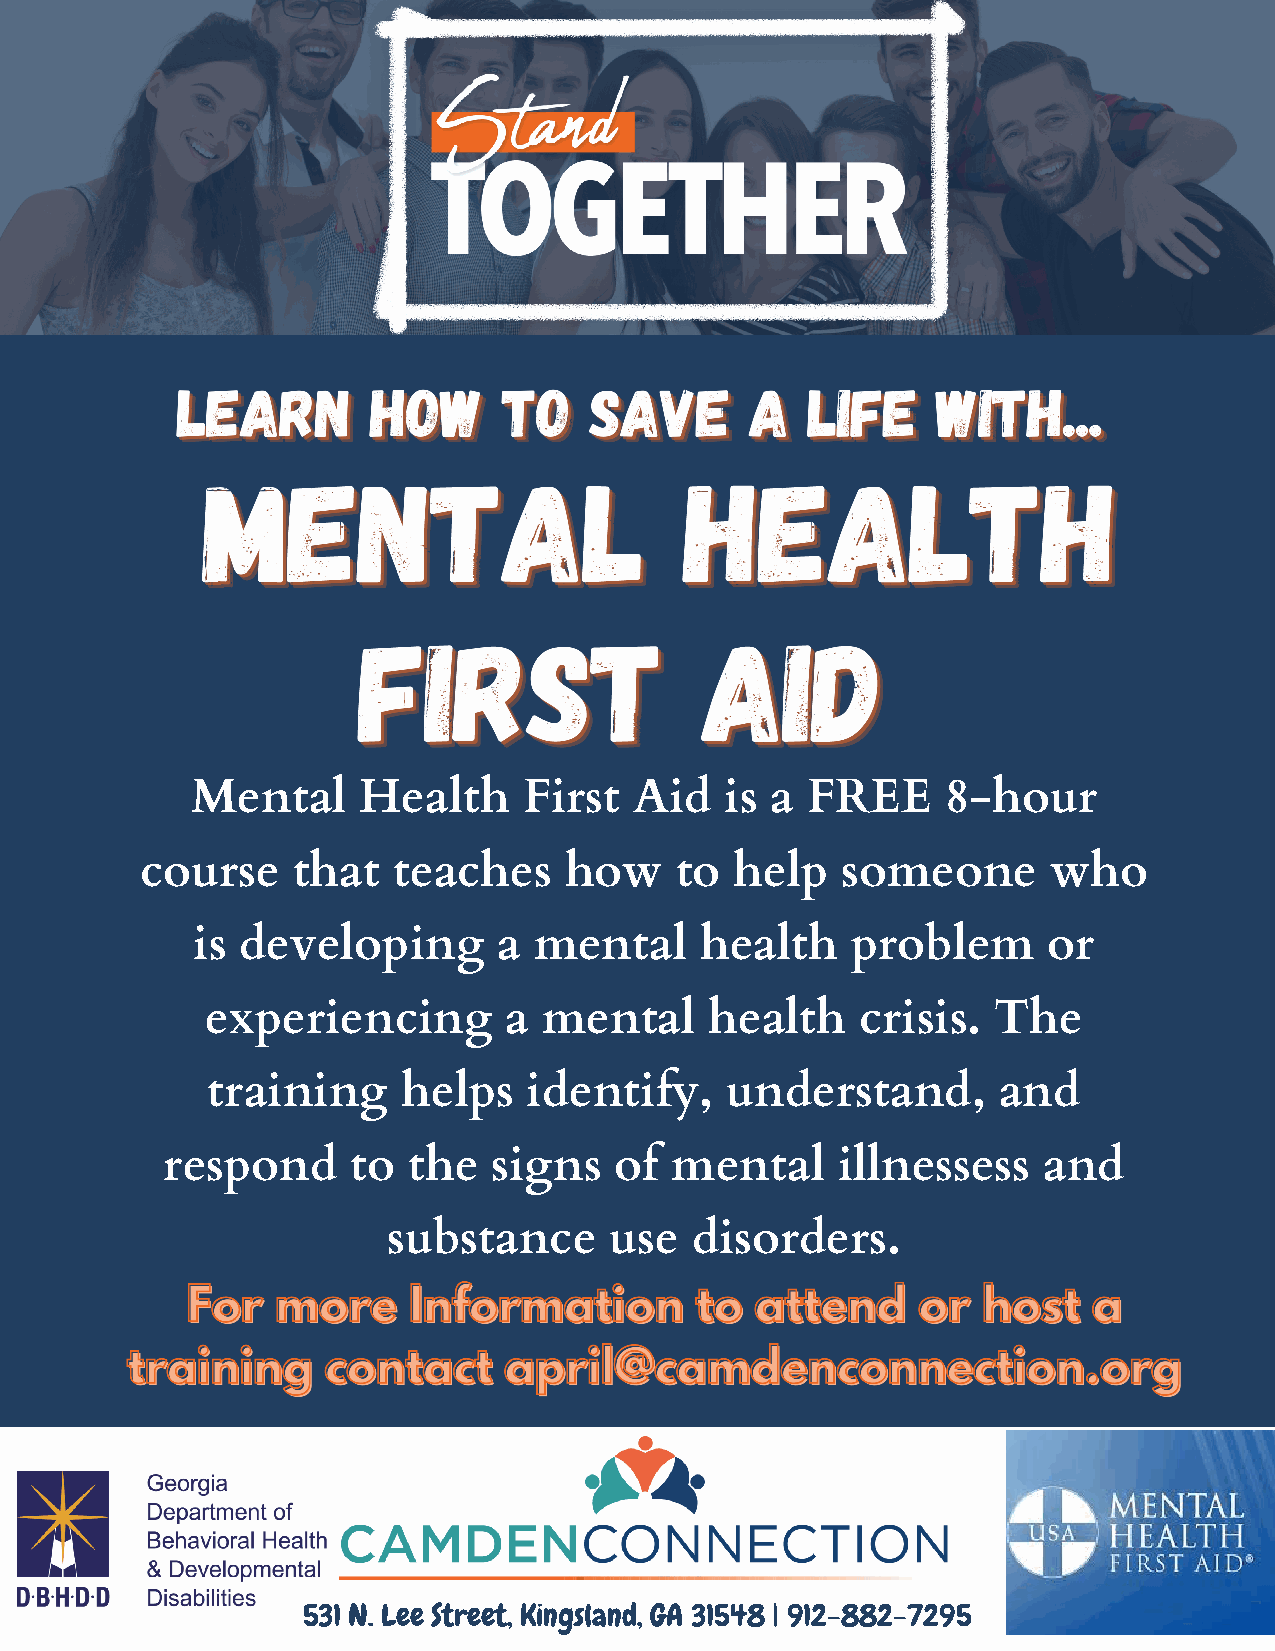
Mental     Health     First  Aid   is a FREE      8-hour
 course    that   teaches    how     to  help   someone       who
 is developing       a mental     health    problem      or
 experiencing       a  mental     health    crisis.  The
 training     helps   identify,    understand,       and
 respond     to  the   signs   of mental     illnessess    and
 substance     use   disorders.
 531 N. Lee Street, Kingsland, GA 31548 | 912-882-7295